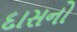
દાસનો